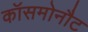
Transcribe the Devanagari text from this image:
कॉसमोनौट